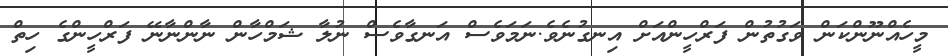
މީހެއްނޫންކަން ވަގުތުން ފަރްހީންއަށް އިނގުނެވެ.ނަމަވެސް އަނގާވެސް ނުލާ ޝަމްހާން ނާންނާނޭ ފަރްހީންގެ ހިތް